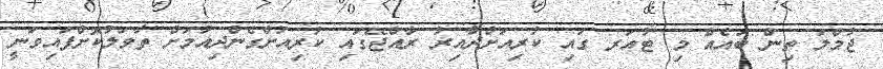
ޖުމްލަ ތިން ބައެއް މި ޓުއަރ ގައި ކުރިއަށްދާއިރު ރާއްޖޭގައި ކުރިއަށްގެންދިއުމަށް ތާވަލުކޮށްފައިވަނީ